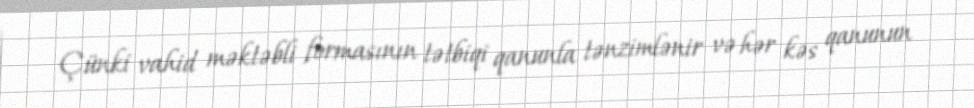
Çünki vahid məktəbli formasının tətbiqi qanunla tənzimlənir və hər kəs qanunun